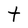
Character: t